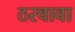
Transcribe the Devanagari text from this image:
ठरवावा